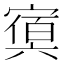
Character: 𡪴